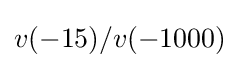
v(-15)/v(-1000)